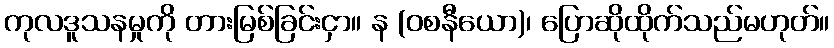
ကုလဒူသနမှုကို တားမြစ်ခြင်းငှာ။ န (ဝစနီယော)၊ ပြောဆိုထိုက်သည်မဟုတ်။